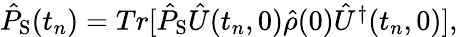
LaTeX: \begin{array}{r}{\hat{P}_{\mathrm{S}}(t_{n})=Tr[\hat{P}_{\mathrm{S}}\hat{U}(t_{n},0)\hat{\rho}(0)\hat{U}^{\dagger}(t_{n},0)],}\end{array}